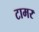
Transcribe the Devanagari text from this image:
टामर